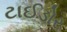
ટાઈડોર